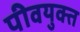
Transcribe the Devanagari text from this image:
पीवयुक्त